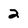
Character: 2